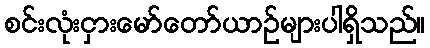
စင်းလုံးငှားမော်တော်ယာဉ်များပါရှိသည်။